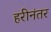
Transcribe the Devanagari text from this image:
हरीनंतर